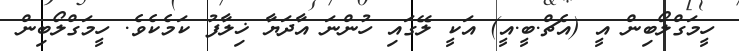
ހީމަގްލޯބިން އީ (އެޗް.ބީ.އީ) އަކީ ލޭގައި ހުންނަ އާދަޔާ ޚިލާފު ކަމެކެވެ. ހީމަގްލޯބިން